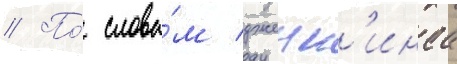
// По́ слова́м дженк'инса